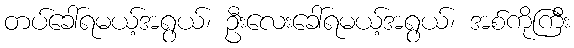
တပ်ခေါ်ရမယ့်အရွယ်၊ ဦးလေးခေါ်ရမယ့်အရွယ်၊ အစ်ကိုကြီး